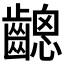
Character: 𪙋